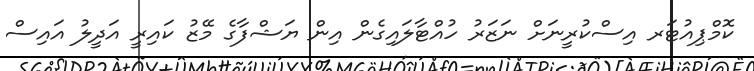
ކޮމްޕިއުޓަރ އިސްކުރީނަށް ނަޒަރު ހުއްޓާލައިގެން އިން ޔަޝްފާގެ މޭޒު ކައިރީ އަދީލު އައިސް